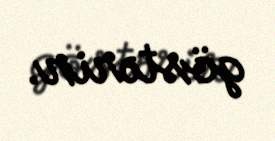
göstərir.